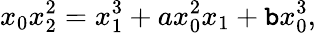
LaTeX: x_{0}x_{2}^{2}=x_{1}^{3}+ax_{0}^{2}x_{1}+\mathtt{b}x_{0}^{3},